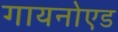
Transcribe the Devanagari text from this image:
गायनोएड